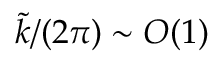
\tilde { k } / ( 2 \pi ) \sim O ( 1 )